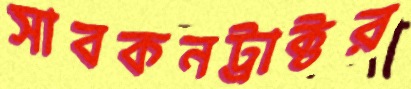
সাবকনট্রাক্টর